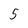
Character: 5